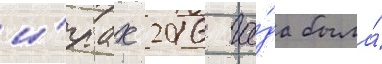
и́грах 2016 го́да была́